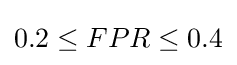
0.2\leq FPR\leq 0.4